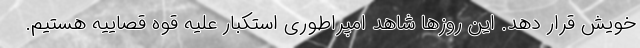
خویش قرار دهد. این روزها شاهد امپراطوری استکبار علیه قوه قصاییه هستیم.